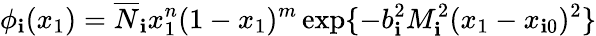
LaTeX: \phi_{\mathbf{i}}(x_{1})=\overline{{{{N}}}}_{\mathbf{i}}x_{1}^{n}(1-x_{1})^{m}\exp\{ -b_{\mathbf{i}}^{2}M_{\mathbf{i}}^{2}(x_{1}-x_{\mathbf{i}0})^{2}\}